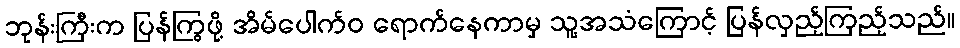
ဘုန်းကြီးက ပြန်ကြွဖို့ အိမ်ပေါက်ဝ ရောက်နေကာမှ သူ့အသံကြောင့် ပြန်လှည့်ကြည့်သည်။